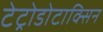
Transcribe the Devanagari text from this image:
टेट्रोडोटाक्सिन